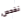
نفحص